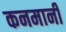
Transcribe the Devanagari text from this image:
कनमानी